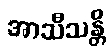
အာသီသန္တိ